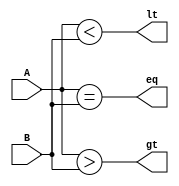
module comparator (
    input [7:0] A,
    input [7:0] B,
    output eq,         // Equality flag
    output gt,         // Greater than flag
    output lt          // Less than flag
);

assign eq = (A == B);
assign gt = (A > B);
assign lt = (A < B);

endmodule